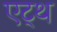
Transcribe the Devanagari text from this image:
एट्थ